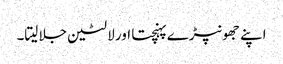
اپنے جھونپڑے پہنچتا اور لالٹین جلا لیتا۔